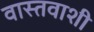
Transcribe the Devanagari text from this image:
वास्तवाशी